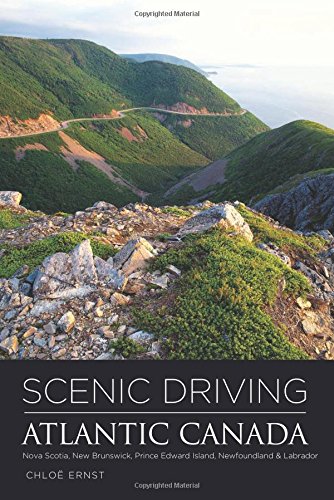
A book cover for Scenic Driving Atlantic Canada: Nova Scotia, New Brunswick, Prince Edward Island, Newfoundland & Labrador; Chloe Ernst; Travel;